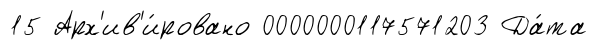
15 Арх'ив'и́ровано 0000000117571203 Да́та